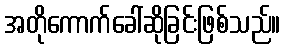
အတိုကောက်ခေါ်ဆိုခြင်းဖြစ်သည်။